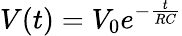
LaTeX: V(t)=V_{0}e^{-\frac{t}{RC}}